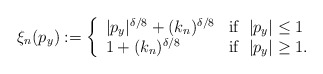
\begin{align*} \xi_n (p_y) := \left\{ \begin{array}{ll} |p_y|^{\delta/8} + (k_n)^{\delta/8} & \mathrm{if} \;\; |p_y|\leq 1 \\ 1 + (k_n)^{\delta/8} & \mathrm{if} \;\; |p_y| \geq 1 . \\ \end{array} \right.\end{align*}